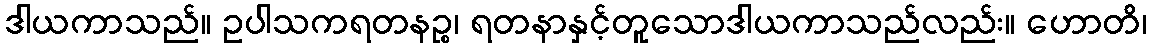
ဒါယကာသည်။ ဥပါသကရတနဉ္စ၊ ရတနာနှင့်တူသောဒါယကာသည်လည်း။ ဟောတိ၊